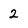
Character: 2